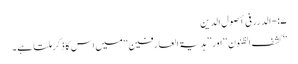
۷:-الدرر فی أصول الدین
’’کشف الظنون‘‘ اور ’’ہدیۃ العارفین‘‘ میں اس کا ذکر ملتا ہے۔